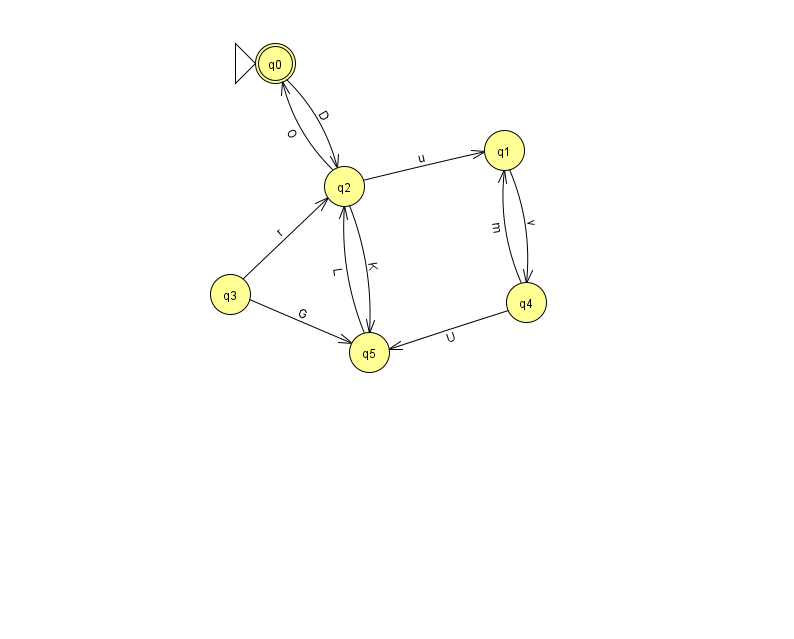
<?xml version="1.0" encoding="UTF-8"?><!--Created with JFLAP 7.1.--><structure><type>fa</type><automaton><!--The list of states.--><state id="0" name="q0"><x>275.0</x><y>50.0</y><initial/><final/></state><state id="1" name="q1"><x>504.0</x><y>137.0</y></state><state id="2" name="q2"><x>344.0</x><y>173.0</y></state><state id="3" name="q3"><x>230.0</x><y>281.0</y></state><state id="4" name="q4"><x>526.0</x><y>289.0</y></state><state id="5" name="q5"><x>369.0</x><y>339.0</y></state><!--The list of transitions.--><transition><from>0</from><to>2</to><read>D</read></transition><transition><from>3</from><to>2</to><read>r</read></transition><transition><from>1</from><to>4</to><read>v</read></transition><transition><from>3</from><to>5</to><read>G</read></transition><transition><from>4</from><to>5</to><read>U</read></transition><transition><from>2</from><to>1</to><read>u</read></transition><transition><from>2</from><to>5</to><read>K</read></transition><transition><from>2</from><to>0</to><read>O</read></transition><transition><from>5</from><to>2</to><read>L</read></transition><transition><from>4</from><to>1</to><read>m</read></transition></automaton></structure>